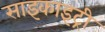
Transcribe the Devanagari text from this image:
साइकाइट्री